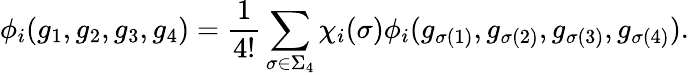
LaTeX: \phi_{i}(g_{1},g_{2},g_{3},g_{4})={\frac{1}{4!}}\sum_{\sigma\in\Sigma_{4}}\chi_{i}(\sigma)\phi_{i}(g_{\sigma(1)},g_{\sigma(2)},g_{\sigma(3)},g_{\sigma(4)}).